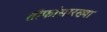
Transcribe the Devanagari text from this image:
तोफांसारख्या